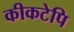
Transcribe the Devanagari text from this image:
कीकटेपि